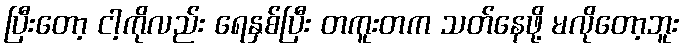
ပြီးတော့ ငါ့ကိုလည်း ရေနှစ်ပြီး တကူးတက သတ်နေဖို့ မလိုတော့ဘူး